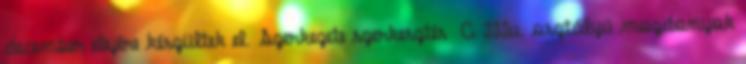
december elejére készültek el. Szerkezete szerkesztés A IIIu. osztályú mozdonyok